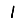
Digit: 1